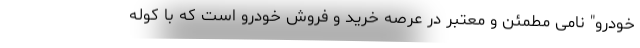
خودرو" نامی مطمئن و معتبر در عرصه خرید و فروش خودرو است که با کوله